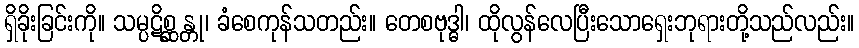
ရှိခိုးခြင်းကို။ သမ္ပဋိစ္ဆန္တု၊ ခံစေကုန်သတည်း။ တေစဗုဒ္ဓါ၊ ထိုလွန်လေပြီးသောရှေးဘုရားတို့သည်လည်း။